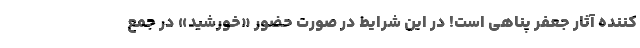
کننده آثار جعفر پناهی است! در این شرایط در صورت حضور «خورشید» در جمع